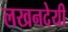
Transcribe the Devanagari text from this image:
लखनदेयी